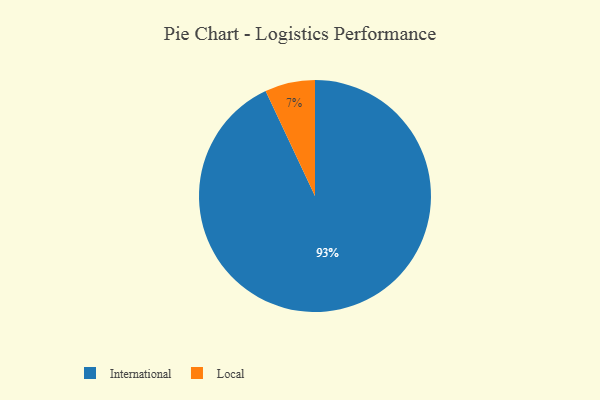
{"axis": {"x": "Category", "y": "Percentage"}, "legend": ["International", "Local"], "data": [{"x": "International", "y": 93, "type": "International"}, {"x": "Local", "y": 7, "type": "Local"}]}